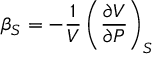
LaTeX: \beta _ { S } = - { \frac { 1 } { V } } \left( { \frac { \partial V } { \partial P } } \right) _ { S }